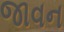
જાવન